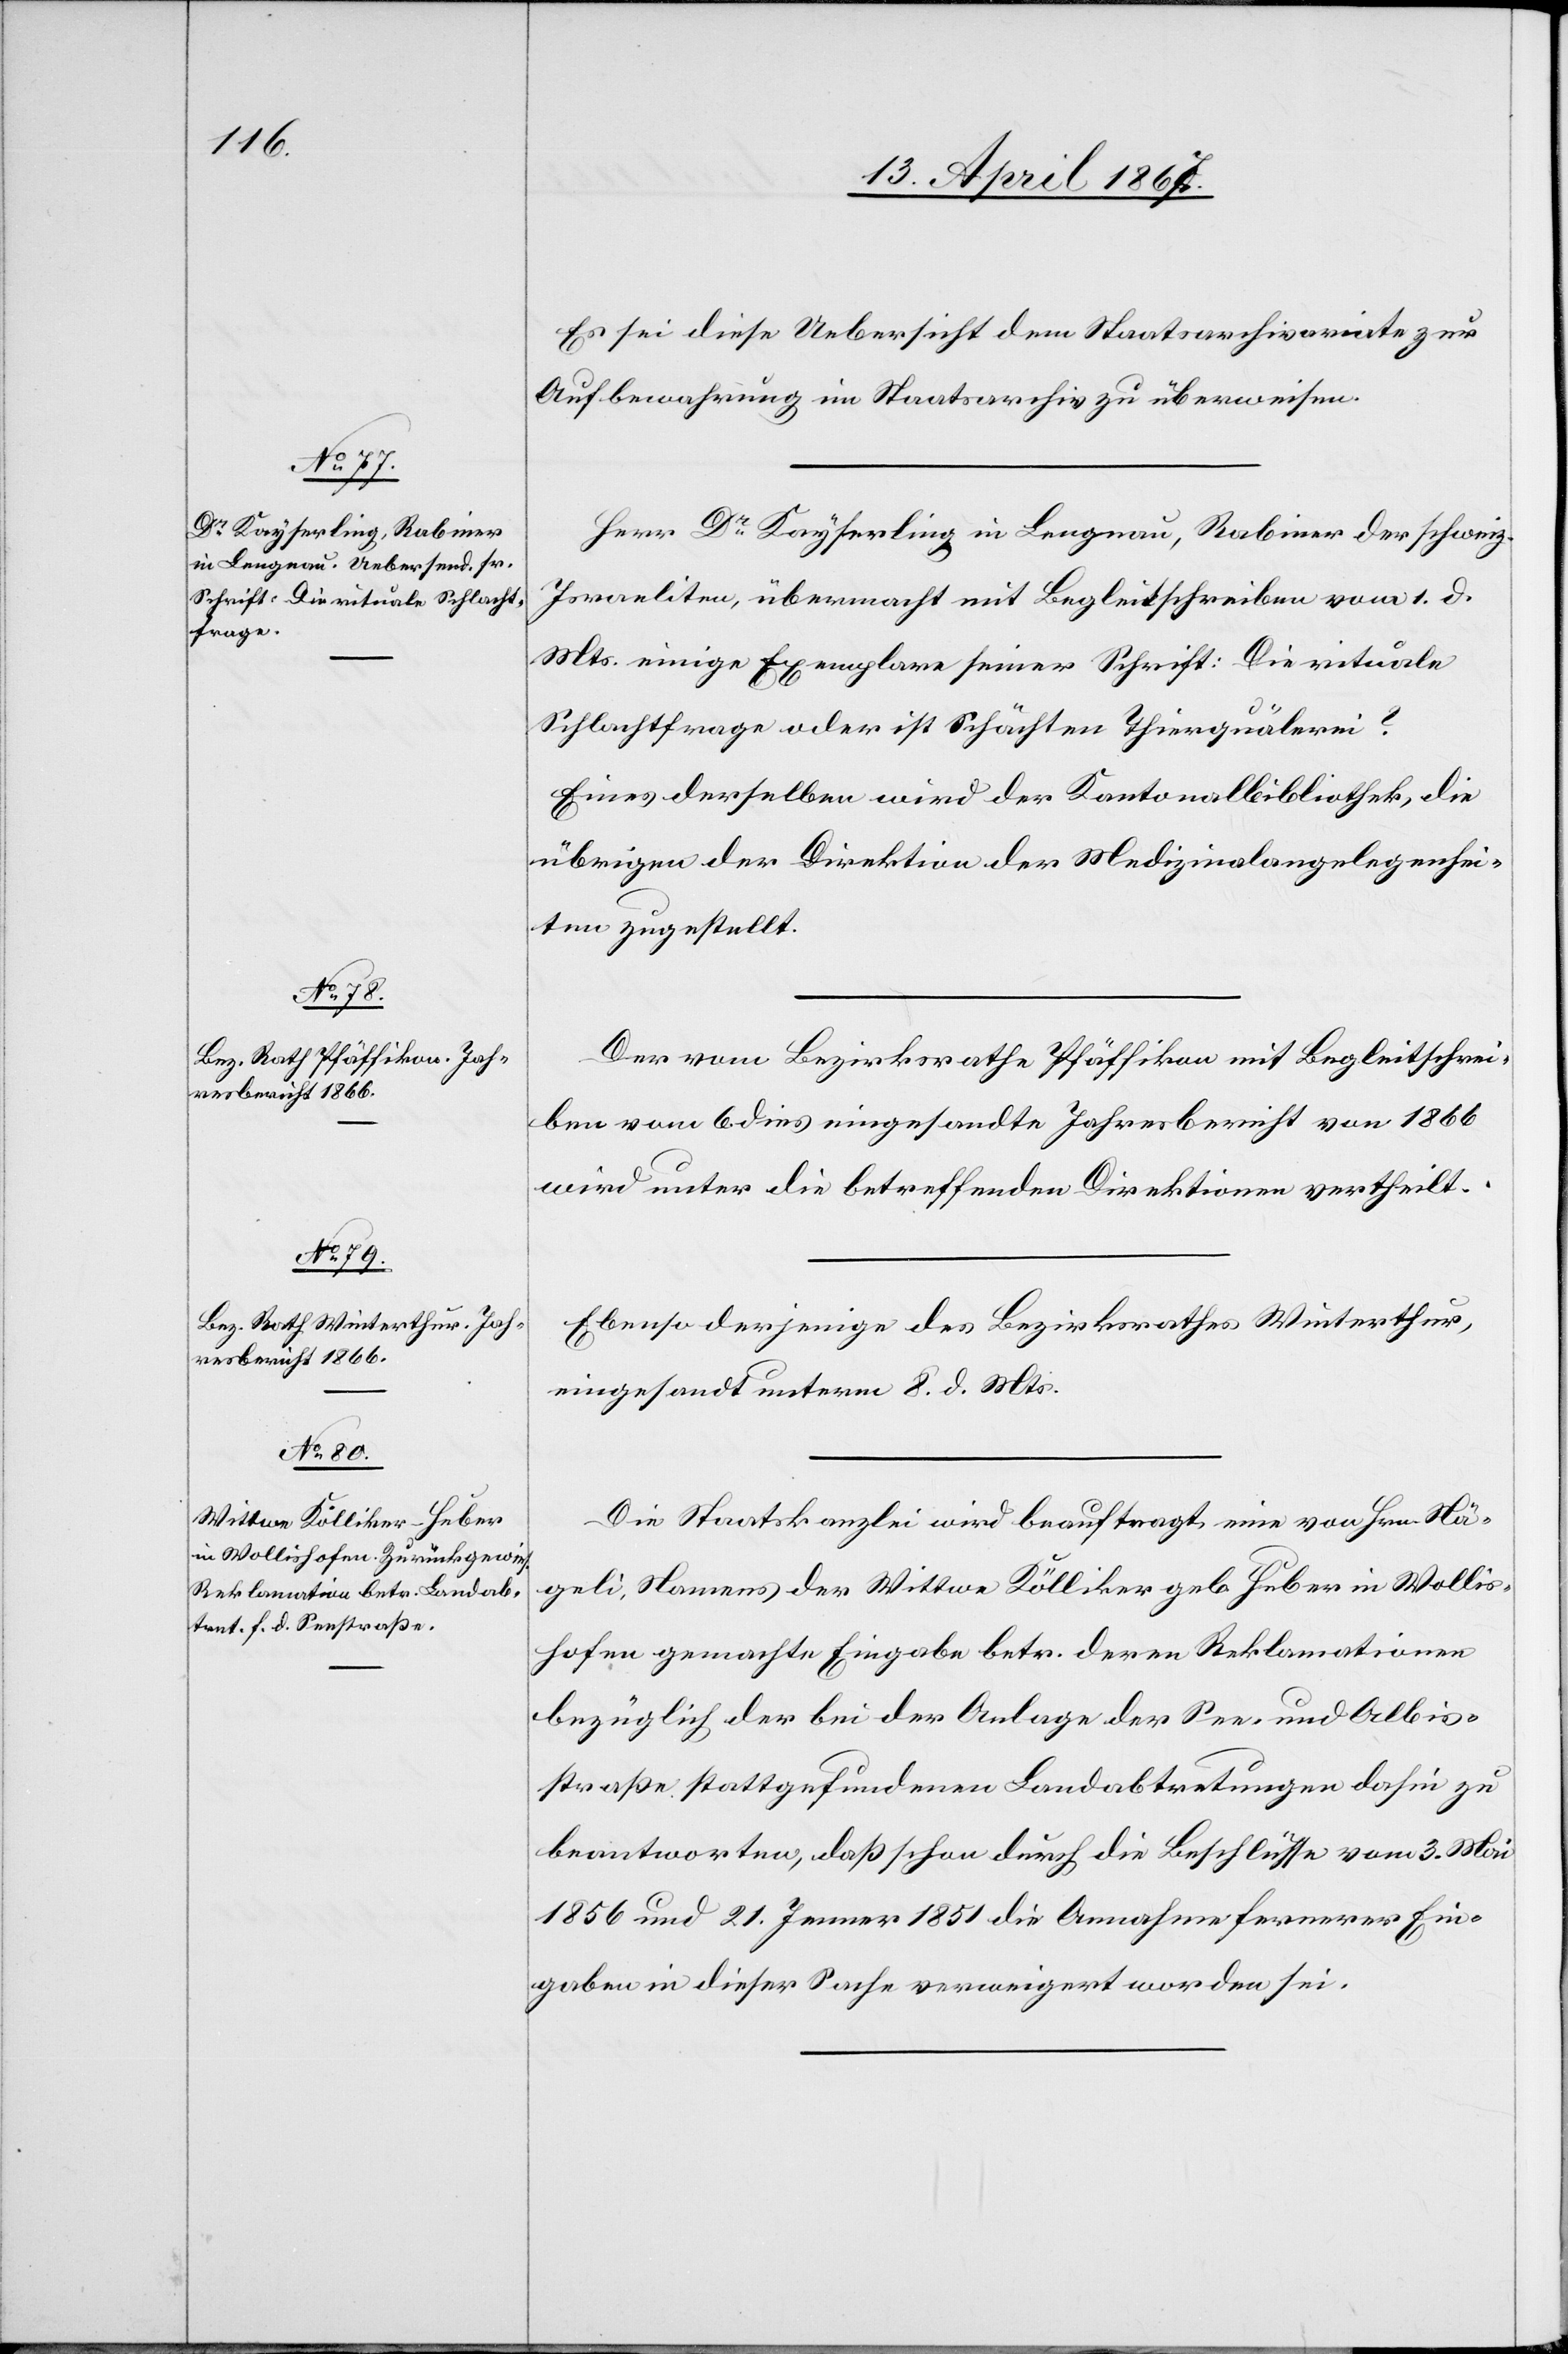
Es sei diese Uebersicht dem Staatsarchivariate zur
Aufbewahrung im Staatsarchiv zu überweisen.
Herr Dr. Kayserling in Lengnau, Rabiner der schweiz.
Israeliten, übermacht mit Begleitschreiben vom 1. d.
Mts. einige Exemplare seiner Schrift: Die rituale
Schlachtfrage oder ist Schächten Thierquälerei?
Eines derselben wird der Kantonalbibliothek, die
übrigen der Direktion der Medizinalangelegenhei¬
ten zugestellt.
Der vom Bezirksrathe Pfäffikon mit Begleitschrei¬
ben vom 6. dies eingesandte Jahresbericht von 1866
wird unter die betreffenden Direktionen vertheilt.
Ebenso derjenige des Bezirksrathes Winterthur,
eingesandt unterm 8. d. Mts.
Die Staatskanzlei wird beauftragt, eine von Hrn. Nä¬
geli, Namens der Wittwe Dölliker geb. Huber in Wollis¬
hofen gemachte Eingabe betr. deren Reklamationen
bezüglich der bei der Anlage der See- und Albis¬
straße stattgefundenen Landabtretungen dahin zu
beantworten, daß schon durch die Beschlüsse vom 3. Mai
1856 und 21. Jenner 1851 die Annahme fernerer Ein¬
gaben in dieser Sache verweigert worden sei.